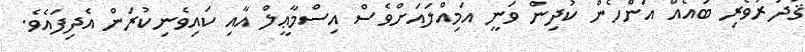
ޤަދަރުވެރި ބައެއް އަންހެން ކުދިން ވަނީ އަމިއްލައަށްވެސް އިސްމާޢީލް އާއި ކައިވެނިކުރަން އެދިފައެވެ.